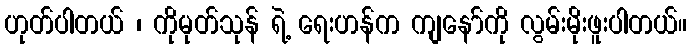
ဟုတ်ပါတယ် ၊ ကိုမုတ်သုန် ရဲ့ ရေးဟန်က ကျနော်ကို လွမ်းမိုးဖူးပါတယ်။